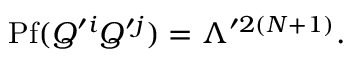
\mathrm { P f } ( Q ^ { \prime i } Q ^ { \prime j } ) = \Lambda ^ { \prime 2 ( N + 1 ) } .